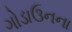
ગોડાઉનના